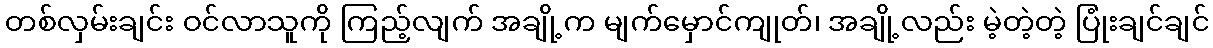
တစ်လှမ်းချင်း ဝင်လာသူကို ကြည့်လျက် အချို့က မျက်မှောင်ကျုတ်၊ အချို့လည်း မဲ့တဲ့တဲ့ ပြုံးချင်ချင်